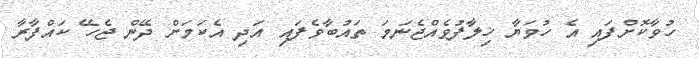
ހުވާކޮށްފައި އެ ހުވަޔާ ޚިލާފުވެއްޖެނަމަ ތައުބާވެފައި އަދި އެކަމަށް ދޭން ޖެހޭ ކައްފާރާ